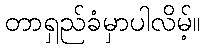
တာရှည်ခံမှာပါလိမ့်။